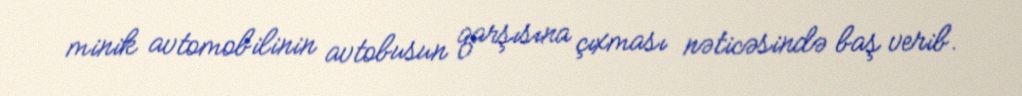
minik avtomobilinin avtobusun qarşısına çıxması nəticəsində baş verib.